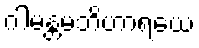
ဂါမန္တမဘိဟာရယေ